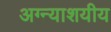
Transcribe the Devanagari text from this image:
अग्न्याशयीय